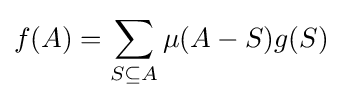
f(A)=\sum _{S\subseteq A}\mu (A-S)g(S)